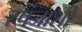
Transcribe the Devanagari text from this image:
स्पंजाशी